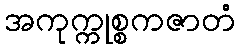
အကုက္ကုစ္စကဇာတံ